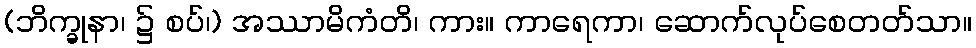
(ဘိက္ခုနာ၊ ၌ စပ်၊) အဿာမိကံတိ၊ ကား။ ကာရေကာ၊ ဆောက်လုပ်စေတတ်သာ။